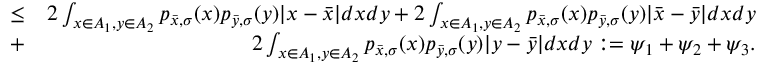
\begin{array} { r l r } & { \le } & { 2 \int _ { x \in A _ { 1 } , y \in A _ { 2 } } p _ { \bar { x } , \sigma } ( x ) p _ { \bar { y } , \sigma } ( y ) | x - \bar { x } | d x d y + 2 \int _ { x \in A _ { 1 } , y \in A _ { 2 } } p _ { \bar { x } , \sigma } ( x ) p _ { \bar { y } , \sigma } ( y ) | \bar { x } - \bar { y } | d x d y } \\ & { + } & { 2 \int _ { x \in A _ { 1 } , y \in A _ { 2 } } p _ { \bar { x } , \sigma } ( x ) p _ { \bar { y } , \sigma } ( y ) | y - \bar { y } | d x d y : = \psi _ { 1 } + \psi _ { 2 } + \psi _ { 3 } . } \end{array}